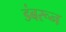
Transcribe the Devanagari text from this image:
डंबरून